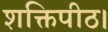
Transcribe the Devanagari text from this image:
शक्तिपीठ।